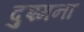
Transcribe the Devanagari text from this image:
दुश्मना